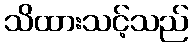
သိထားသင့်သည်